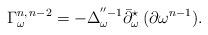
LaTeX: \begin{align*}\Gamma^{n,\,n-2}_{\omega} = - \Delta_\omega^{''-1}\bar\partial^\star_\omega\,(\partial\omega^{n-1}). \end{align*}